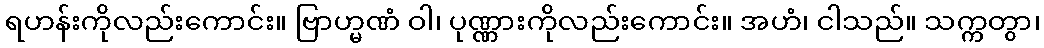
ရဟန်းကိုလည်းကောင်း။ ဗြာဟ္မဏံ ဝါ၊ ပုဏ္ဏားကိုလည်းကောင်း။ အဟံ၊ ငါသည်။ သက္ကတွာ၊